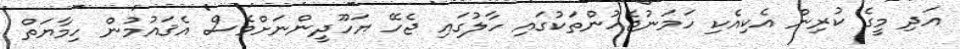
އަދި މީގެ ކުރިން އެކިއެކި ހަމަނުޖެހުންތަކުގައި ހާލުގައި ޖެހޭ ޔަހޫދީންނަށްވެސް އެޤައުމުން ހިމާޔަތް